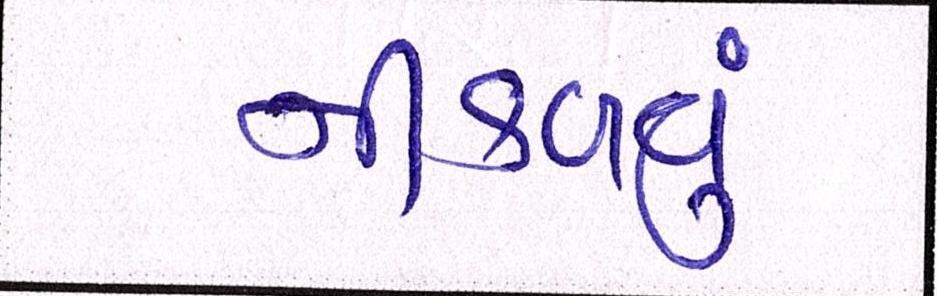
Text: નીકળવું